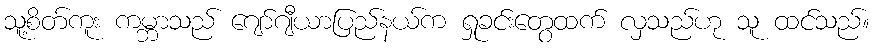
သူ့စိတ်ကူး ကမ္ဘာသည် ဂျော်ဂျီယာပြည်နယ်က ရှုခင်းတွေထက် လှသည်ဟု သူ ထင်သည်။